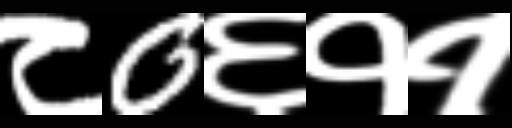
Text: ८0६११